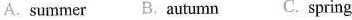
A. summer B. Autumn C. spring